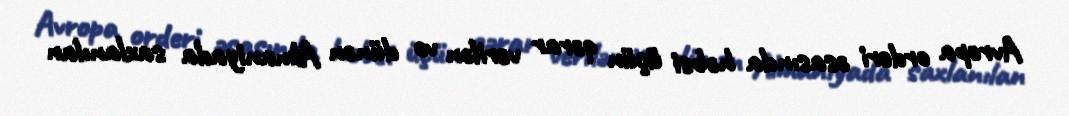
Avropa orderi əsasında həbsi üçün qərar verilən və dünən Almaniyada saxlanılan